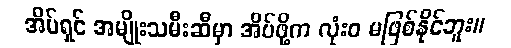
အိမ်ရှင် အမျိုးသမီးဆီမှာ အိပ်ဖို့က လုံးဝ မဖြစ်နိုင်ဘူး။